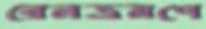
রেলভ্রমণে